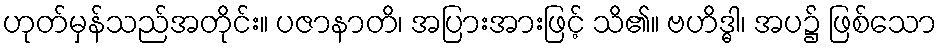
ဟုတ်မှန်သည်အတိုင်း။ ပဇာနာတိ၊ အပြားအားဖြင့် သိ၏။ ဗဟိဒ္ဓါ၊ အပ၌ ဖြစ်သော